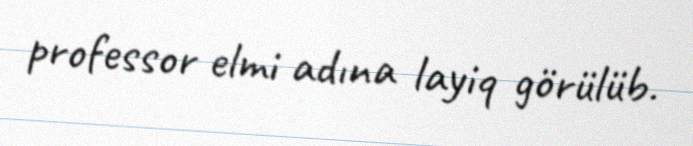
professor elmi adına layiq görülüb.